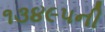
૧૩૪૯૫ની